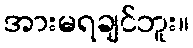
အားမရချင်ဘူး။